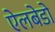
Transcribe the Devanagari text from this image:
ऐलबेडो